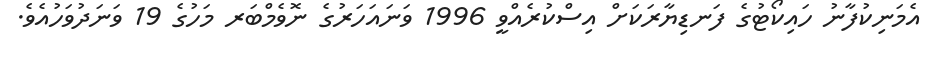
އެމަނިކުފާނު ހައިކޯޓުގެ ފަނޑިޔާރަކަށް އިސްކުރެއްވީ 1996 ވަނައަހަރުގެ ނޮވެމްބަރ މަހުގެ 19 ވަނަދުވަހުއެވެ.